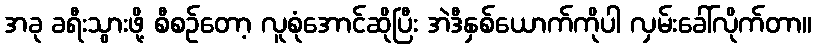
အခု ခရီးသွားဖို့ စီစဉ်တော့ လူစုံအောင်ဆိုပြီး အဲဒီနှစ်ယောက်ကိုပါ လှမ်းခေါ်လိုက်တာ။